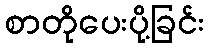
စာတိုပေးပို့ခြင်း